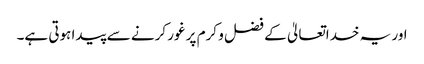
اور یہ خداتعالیٰ کے فضل و کرم پر غور کرنے سے پیدا ہوتی ہے۔